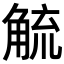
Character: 𮗲